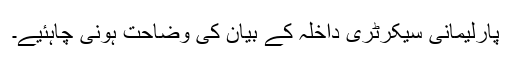
پارلیمانی سیکرٹری داخلہ کے بیان کی وضاحت ہونی چاہئیے۔